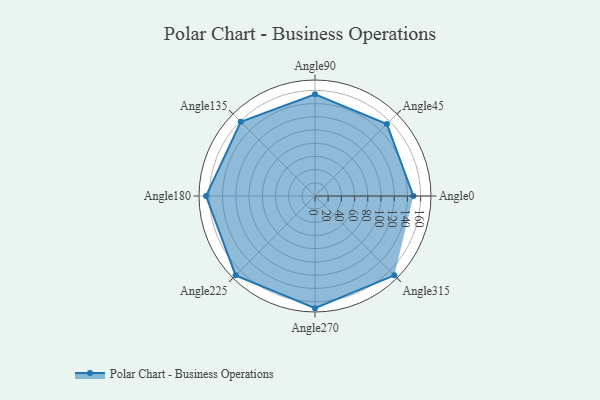
{"axis": {"x": "Angle", "y": "Radius"}, "legend": [""], "data": [{"x": "Angle0", "y": 149.0, "type": ""}, {"x": "Angle45", "y": 154.0, "type": ""}, {"x": "Angle90", "y": 154.0, "type": ""}, {"x": "Angle135", "y": 159.0, "type": ""}, {"x": "Angle180", "y": 165.0, "type": ""}, {"x": "Angle225", "y": 170, "type": ""}, {"x": "Angle270", "y": 170, "type": ""}, {"x": "Angle315", "y": 170, "type": ""}]}